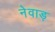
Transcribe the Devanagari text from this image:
नेवाड़